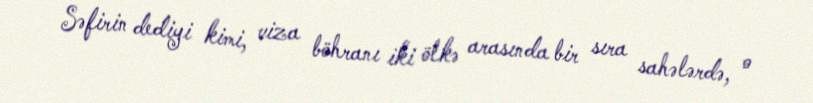
Səfirin dediyi kimi, viza böhranı iki ölkə arasında bir sıra sahələrdə, o